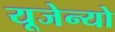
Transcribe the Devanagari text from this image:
यूजेन्यो